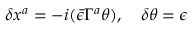
\delta x ^ { a } = - i ( \bar { \epsilon } \Gamma ^ { a } \theta ) , \, \, \, \, \, \, \delta \theta = \epsilon